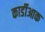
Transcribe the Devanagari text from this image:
कार्डीआक